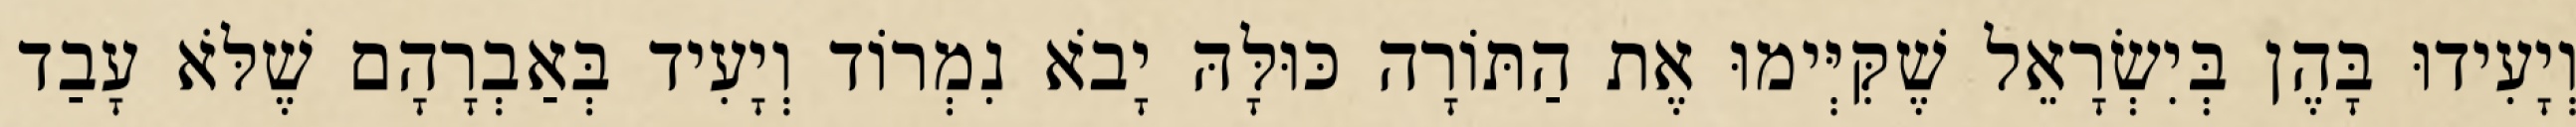
וְיָעִידוּ בָּהֶן בְּיִשְׂרָאֵל שֶׁקִּיְּימוּ אֶת הַתּוֹרָה כּוּלָּהּ יָבֹא נִמְרוֹד וְיָעִיד בְּאַבְרָהָם שֶׁלֹּא עָבַד